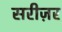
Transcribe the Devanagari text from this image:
सरीज़र